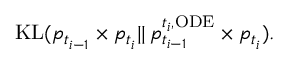
\begin{array} { r } { \mathrm { K L } ( p _ { t _ { i - 1 } } \times p _ { t _ { i } } | | \, p _ { t _ { i - 1 } } ^ { t _ { i } , \mathrm { O D E } } \times p _ { t _ { i } } ) . } \end{array}